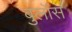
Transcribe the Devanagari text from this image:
बुलॉस